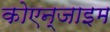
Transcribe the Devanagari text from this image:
कोएन्जाइम